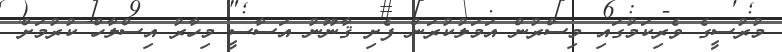
މުރުސީގެ ވެރިކަމުގައި މިސްރުން އަމަލުކުރަން ފެށި ޤާނޫނު އަސާސީ މިހާރު އިސްލާހް ކުރުމަށް